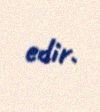
edir.